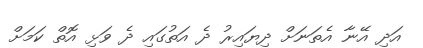
އަދި އޭނާ އެތަނަށް ދިޔައިރު ދެ އަތުގައި ދެ ވަޅި އޮތް ކަމަށް